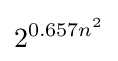
2^{0.657n^{2}}